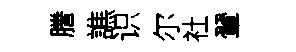
謄譙识尔社翬